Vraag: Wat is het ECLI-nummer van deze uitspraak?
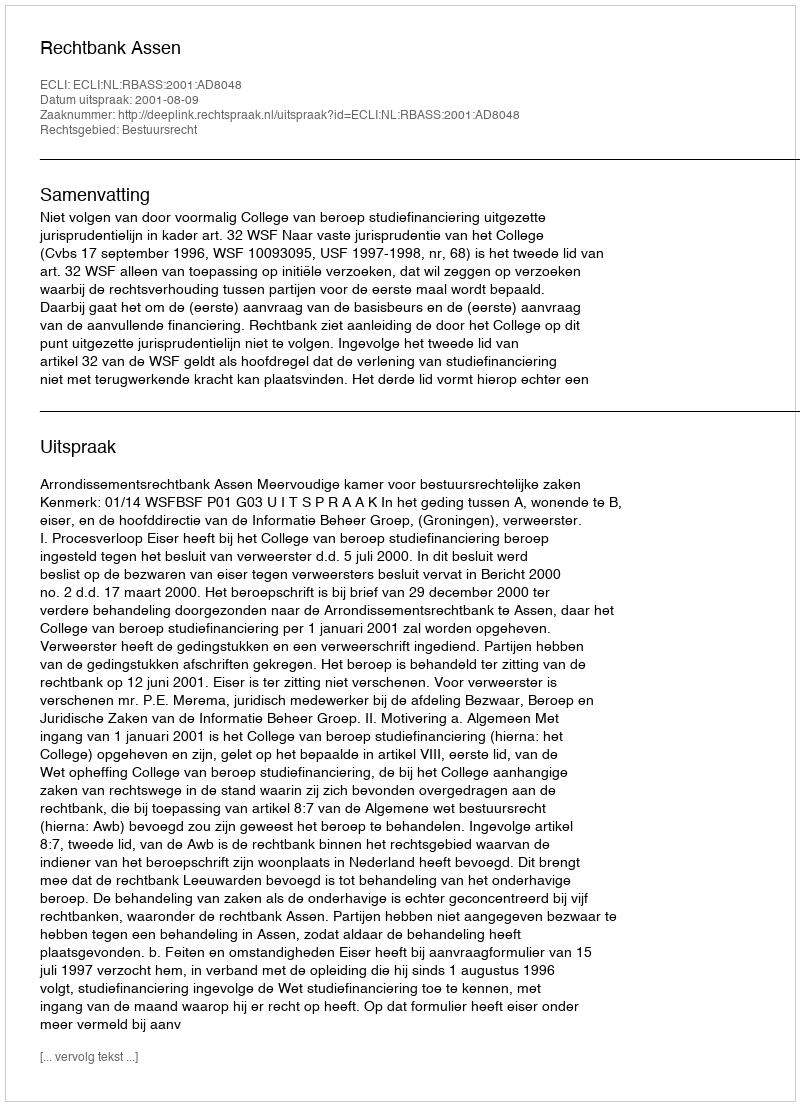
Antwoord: ECLI:NL:RBASS:2001:AD8048